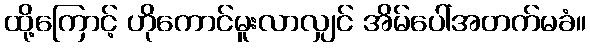
ထို့ကြောင့် ဟိုကောင်မူးလာလျှင် အိမ်ပေါ်အတက်မခံ။